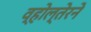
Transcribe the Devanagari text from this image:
व्होल्तेरने